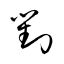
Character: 対